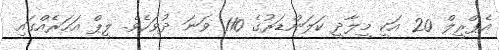
އެޕްރީލް 20 އަކީ މީލާދީ ކަލަންޑަރުގެ 110 ވަނަ ދުވަހެވެ. ލީޕް އަހަރެއްގައި